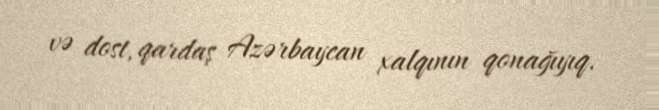
və dost, qardaş Azərbaycan xalqının qonağıyıq.